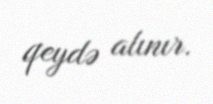
qeydə alınır.